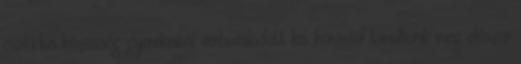
családos közösség gyerekeiből verbuválódott kis kórussal tanultunk meg először